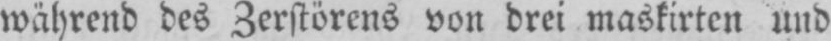
während des Zerstörens von drei maskirten und